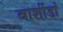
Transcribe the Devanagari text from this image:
वाशींडां